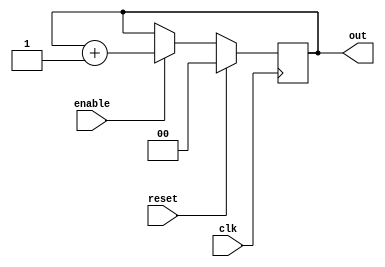
module reCounter2    (
output reg [1:0] out     ,  // Output of the counter
input enable  ,  // enable for counter
input clk     ,  // clock Input
input reset      // reset Input
);

//-------------Code Starts Here-------
always @(posedge clk)
	if (reset) begin
	  out <= 2'b0 ;
	end else if (enable) begin
	  out <= out + 2'b01;
	end


endmodule